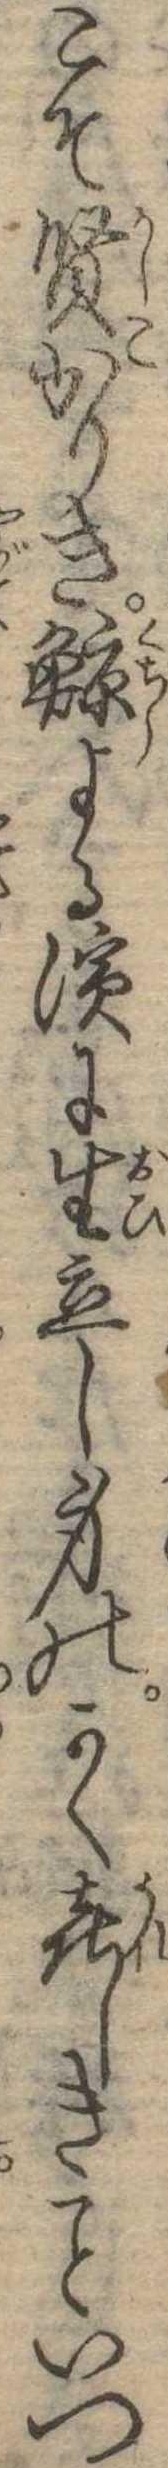
こそ賢かりき鯨よる浜に生立し身のかく喜しきいつ